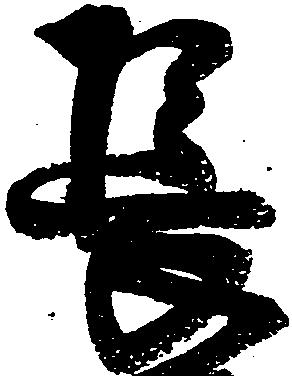
長